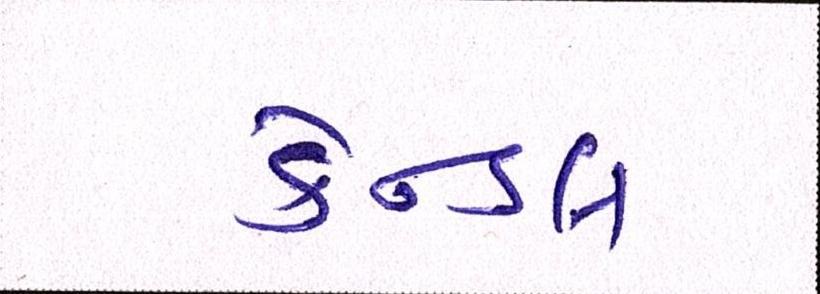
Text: કેન્ડલ